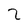
Character: 3